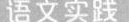
语文实践